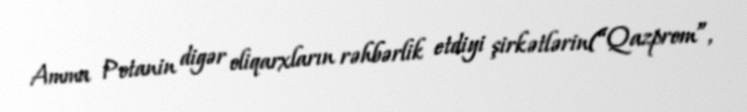
Amma Potanin digər oliqarxların rəhbərlik etdiyi şirkətlərin(“Qazprom”,